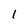
Character: 1